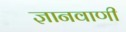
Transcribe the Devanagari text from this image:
ज्ञानवाणी